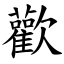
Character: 歡